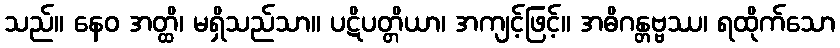
သည်။ နေဝ အတ္ထိ၊ မရှိသည်သာ။ ပဋိပတ္တိယာ၊ အကျင့်ဖြင့်။ အဓိဂန္တဗ္ဗဿ၊ ရထိုက်သော